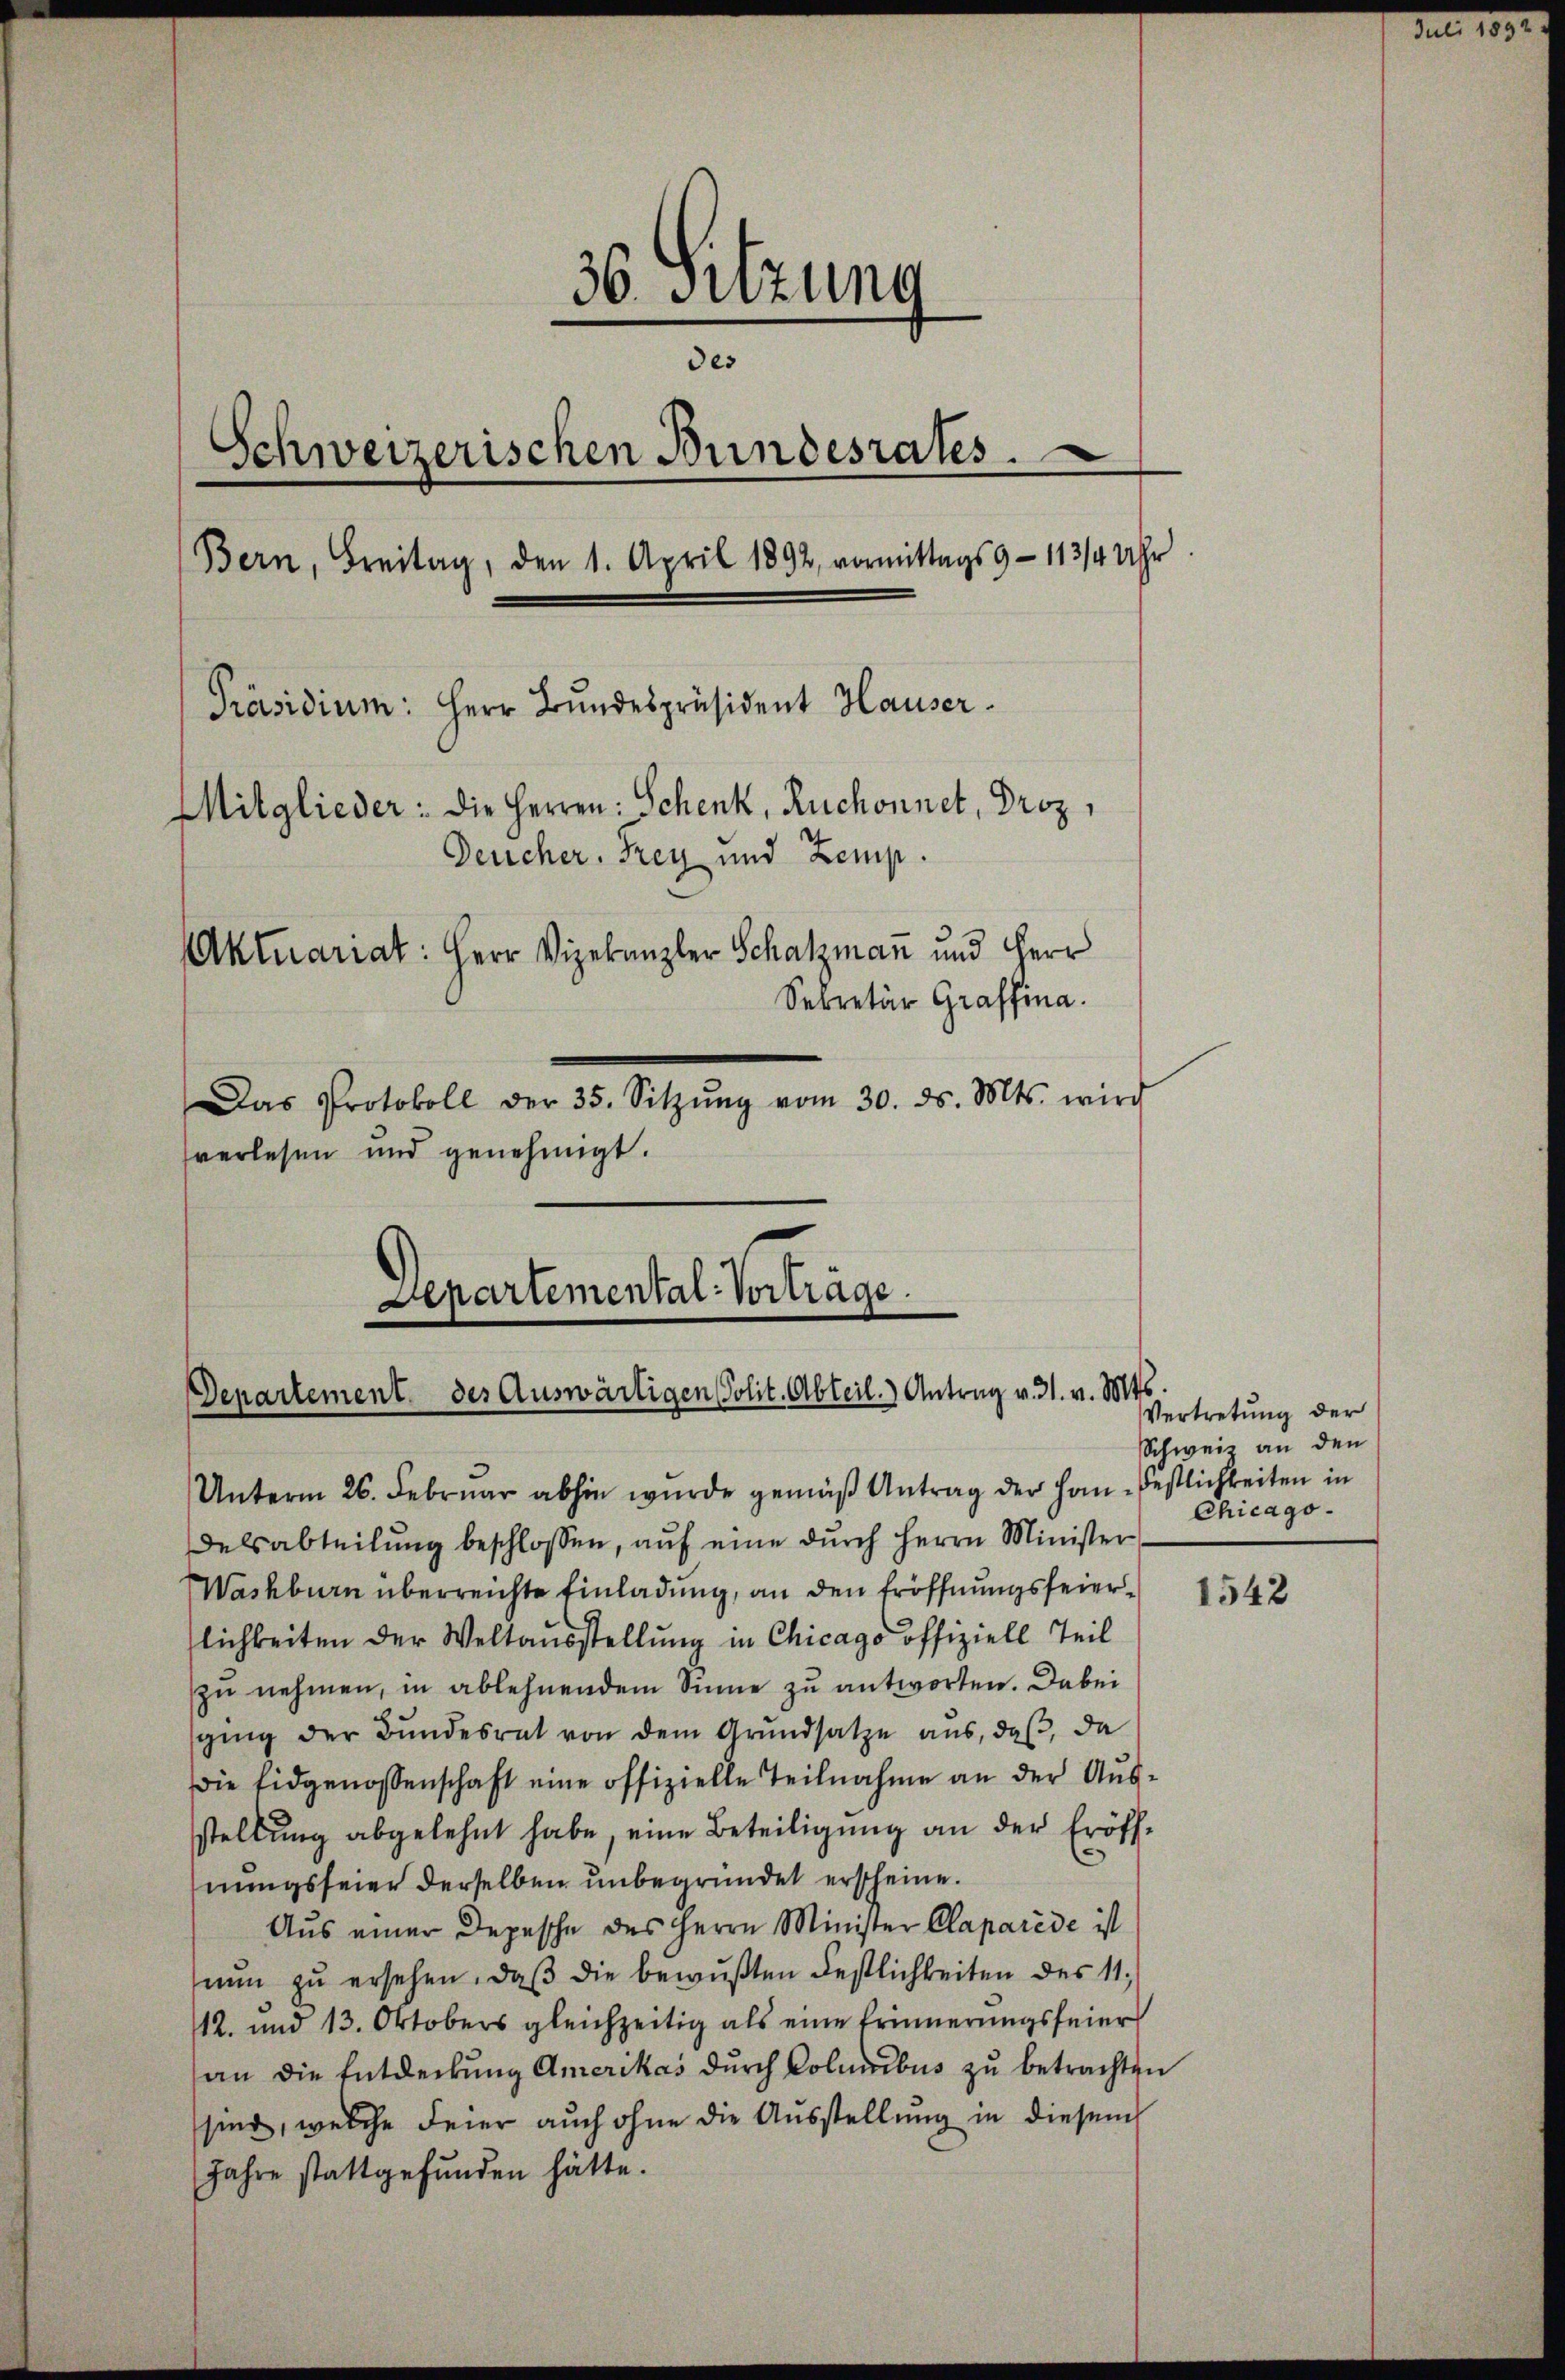
36. Sitzung
des
Schweizerischen Bundesrates.
Bern, Freitag, den 1. April 1892, vormittags 9 - 113/4 Uhr
Präsidium: Herr Bundespräsident Hauser.
Mitglieder: die Herren: Schenk, Ruchonnet, Droz,
Deucher. Frey und Zemp.
Aktuariat: Herr Vizekanzler Schatzman̅ und Herr

Sekretär Graffina.
Das Protokoll der 35. Sitzŭng vom 30. ds. Mts. wird
verlesen und genehmigt.

Departemental-Vortrage.
Departement des Auswärtigen Polit. Abteil. Antrag v. 31. v. Mts.

Vertretung der
Schweiz an den
Chicago

Unterm 26. Februar abhin wurde gemäß Antrag der Han-Festlichkeiten in
delsabteilŭng beschlossen, aŭf eine durch Herrn Minister
Washburn überreichte Einladung, an den Eröffnungsfeierlichkeiten der Weltausstellung in Chicago offiziell Teil
zŭ nehmen, in ablehnendem Sinne zu antworten. Dabei
ging der Bundesrat von dem Grundsatze aus, daβ da
die Eidgenossenschaft eine offizielle Teilnahme an der Aus-
stellung abgelehnt habe, eine Beteiligung an der Eröffnungsfeier derselben unbegründet erscheine.
Aus einer Depesche des Herrn Minister Claparede ist
nŭn zŭ ersehen, daβ die bewußten Festlichkeiten des 11.
/12. und 13. Oktobers gleichzeitig als eine Erinnerungsfeier
an die Entdeckung Amerikas durch Columbus zu betrachten
sier, welche Feier auch ohne die Ausstellung in diesem
Jahre stattgefunden hätte.

1542

.